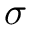
\sigma